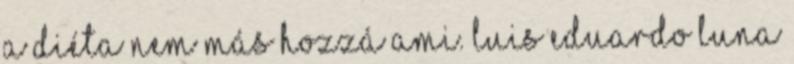
a diéta nem más hozzá ami. Luis Eduardo Luna